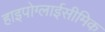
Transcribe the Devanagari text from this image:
हाइपोग्लाईसीमिक